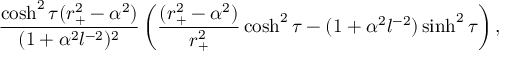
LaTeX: { \frac { \cosh ^ { 2 } \tau ( r _ { + } ^ { 2 } - \alpha ^ { 2 } ) } { ( 1 + \alpha ^ { 2 } l ^ { - 2 } ) ^ { 2 } } } \left( { \frac { ( r _ { + } ^ { 2 } - \alpha ^ { 2 } ) } { r _ { + } ^ { 2 } } } \cosh ^ { 2 } \tau - ( 1 + \alpha ^ { 2 } l ^ { - 2 } ) \sinh ^ { 2 } \tau \right) ,